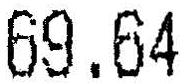
69.64